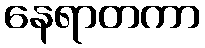
နေရာတကာ